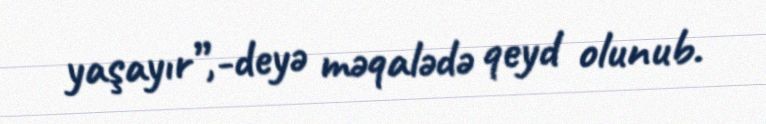
yaşayır”,-deyə məqalədə qeyd olunub.